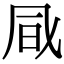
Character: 𠙊